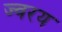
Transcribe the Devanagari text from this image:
ज्वरय